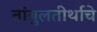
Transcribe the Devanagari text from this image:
तांबुलतीर्थाचे